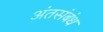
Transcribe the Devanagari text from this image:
अंतसंबंध